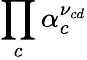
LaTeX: \prod_{c}\alpha_{c}^{\nu_{cd}}